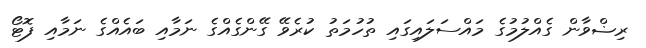
ރިޟްވާން ގެއްލުމުގެ މައްސަލައިގައި ތުހުމަތު ކުރެވޭ ގޭންގެއްގެ ނަމާއި ބައެއްގެ ނަމާއި ފޮޓޯ